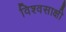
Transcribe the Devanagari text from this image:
विश्वसाक्षी